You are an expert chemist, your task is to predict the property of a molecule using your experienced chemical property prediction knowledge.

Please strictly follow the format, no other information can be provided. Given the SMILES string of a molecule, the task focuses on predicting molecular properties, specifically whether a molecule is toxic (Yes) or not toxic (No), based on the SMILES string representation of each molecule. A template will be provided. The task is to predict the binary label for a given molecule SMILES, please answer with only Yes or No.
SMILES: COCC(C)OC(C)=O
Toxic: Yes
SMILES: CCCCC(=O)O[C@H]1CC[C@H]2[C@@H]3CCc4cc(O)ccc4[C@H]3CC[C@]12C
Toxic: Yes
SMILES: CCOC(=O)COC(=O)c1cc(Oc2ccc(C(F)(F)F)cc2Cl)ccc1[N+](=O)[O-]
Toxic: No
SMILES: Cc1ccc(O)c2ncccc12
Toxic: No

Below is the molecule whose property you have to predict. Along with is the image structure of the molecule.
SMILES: CCCCOCCCC
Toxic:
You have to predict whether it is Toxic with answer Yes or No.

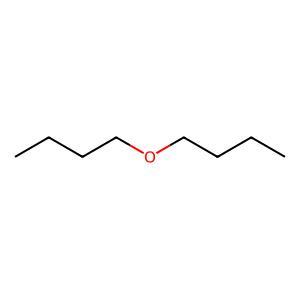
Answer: No